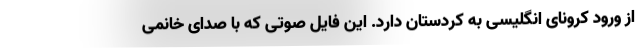
از ورود کرونای انگلیسی به کردستان دارد. این فایل صوتی که با صدای خانمی